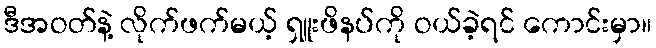
ဒီအဝတ်နဲ့ လိုက်ဖက်မယ့် ရှူးဖိနပ်ကို ဝယ်ခဲ့ရင် ကောင်းမှာ။